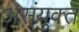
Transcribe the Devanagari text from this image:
असंयुक्‍त